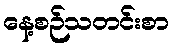
နေ့စဉ်သတင်းစာ